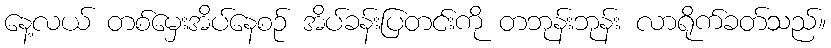
နေ့လယ် တစ်မှေးအိပ်နေစဉ် အိပ်ခန်းပြတင်းကို တဘုန်းဘုန်း လာရိုက်ခတ်သည်။